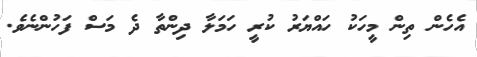
އެހެން ތިން މީހަކު ހައްޔަރު ކުރީ ހަމަލާ ދިންތާ ދެ މަސް ފަހުންނެވެ.